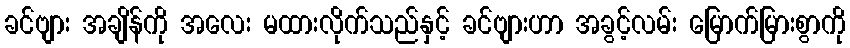
ခင်ဗျား အချိန်ကို အလေး မထားလိုက်သည်နှင့် ခင်ဗျားဟာ အခွင့်လမ်း မြောက်မြားစွာကို